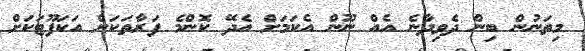
މިތަނުން ބިން ދެވިދާނެ އެއް ނޫން އެކަމަށް އެދޭ ކޮންމެ ފަރާތަކަށް އަކަފޫޓަކަށް